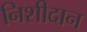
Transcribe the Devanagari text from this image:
निशीदान